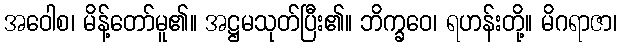
အဝေါစ၊ မိန့်တော်မူ၏။ အဋ္ဌမသုတ်ပြီး၏။ ဘိက္ခဝေ၊ ရဟန်းတို့။ မိဂရာဇာ၊